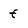
Character: f